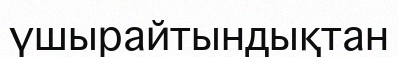
үшырайтындықтан